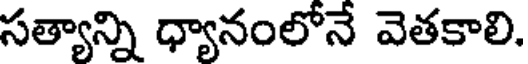
సత్యాన్ని ధ్యానంలోనే వెతకాలి.